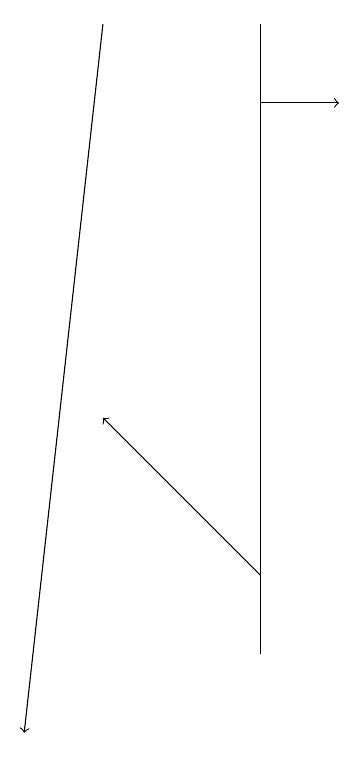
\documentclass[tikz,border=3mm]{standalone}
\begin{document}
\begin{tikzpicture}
\draw (6,11) rectangle (6,19);
\draw[->] (6,18) -- (7,18);
\draw[->] (4,19) -- (3,10);
\draw[->] (6,12) -- (4,14);
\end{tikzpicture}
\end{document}